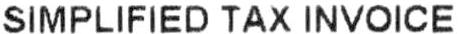
SIMPLIFIED TAX INVOICE